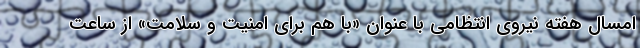
امسال هفته نیروی انتظامی با عنوان «با هم برای امنیت و سلامت» از ساعت